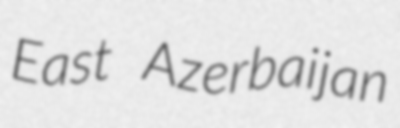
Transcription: East Azerbaijan